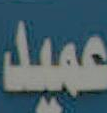
عميد